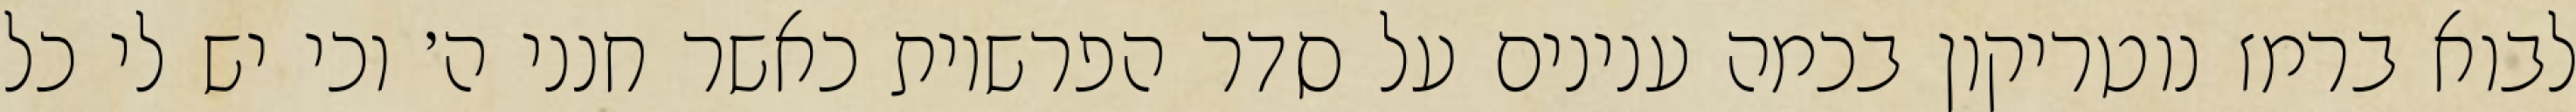
לבוא ברמז נוטריקון בכמה ענינים על סדר הפרשיות כאשר חנני ה׳ וכי יש לי כל